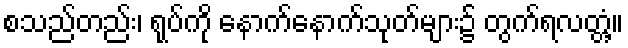
စသည်တည်း၊ ရုပ်ကို နောက်နောက်သုတ်များ၌ တွက်ရလတ္တံ့။